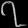
Digit: ၇